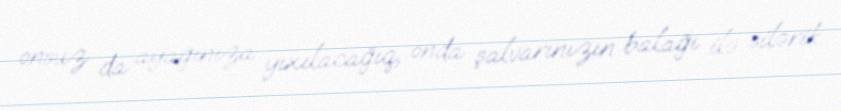
onsuz da ayağınıza yıxılacağıq, onda şalvarınızın balağı ilə silərik.